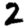
Digit: 2